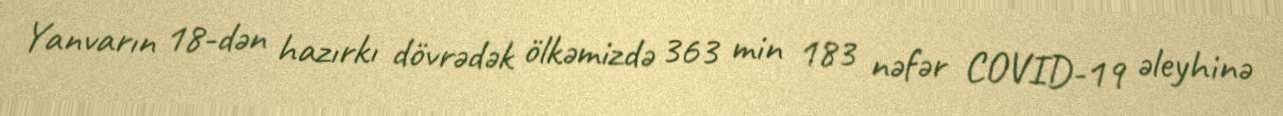
Yanvarın 18-dən hazırkı dövrədək ölkəmizdə 363 min 183 nəfər COVID-19 əleyhinə